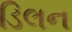
ડિલન